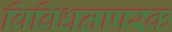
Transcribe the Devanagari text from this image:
विविधतापरक